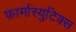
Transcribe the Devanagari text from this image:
फ़ार्मास्युटिक्स